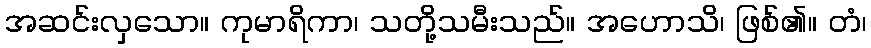
အဆင်းလှသော။ ကုမာရိကာ၊ သတို့သမီးသည်။ အဟောသိ၊ ဖြစ်၏။ တံ၊